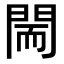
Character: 𨴎